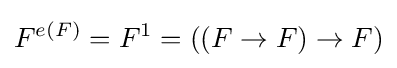
F^{e(F)}=F^{1}=((F\to F)\to F)